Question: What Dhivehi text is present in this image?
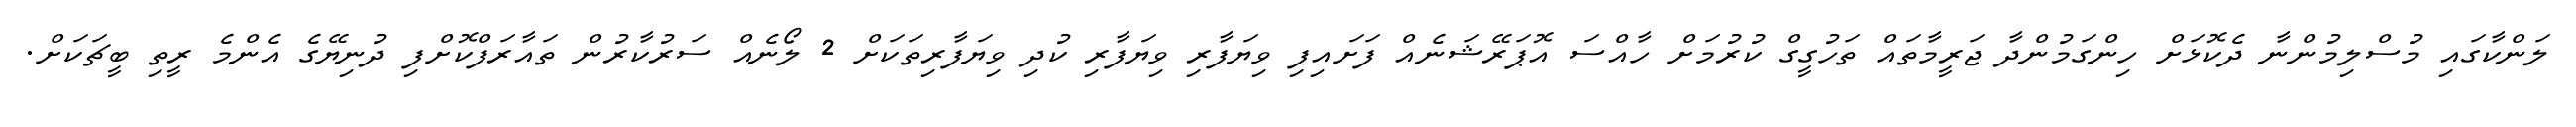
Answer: ލަންކާގައި މުސްލިމުންނާ ދެކޮޅަށް ހިންގަމުންދާ ޖަރީމާތައް ތަހުގީގް ކުރުމަށް ހާއްސަ އޮޕަރޭޝަނެއް ފަށައިފި ވިޔަފާރި ވިޔަފާރި ކުދި ވިޔަފާރިތަކަށް 2 ލޯނެއް ސަރުކާރުން ތައާރަފްކޮށްފި ދުނިޔޭގެ އެންމެ ރީތި ބީޗަކަށް.